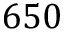
6 5 0